Civil Veterinary Dept. Bombay admin report 1932-41 - 1932-1941
Year: 1932
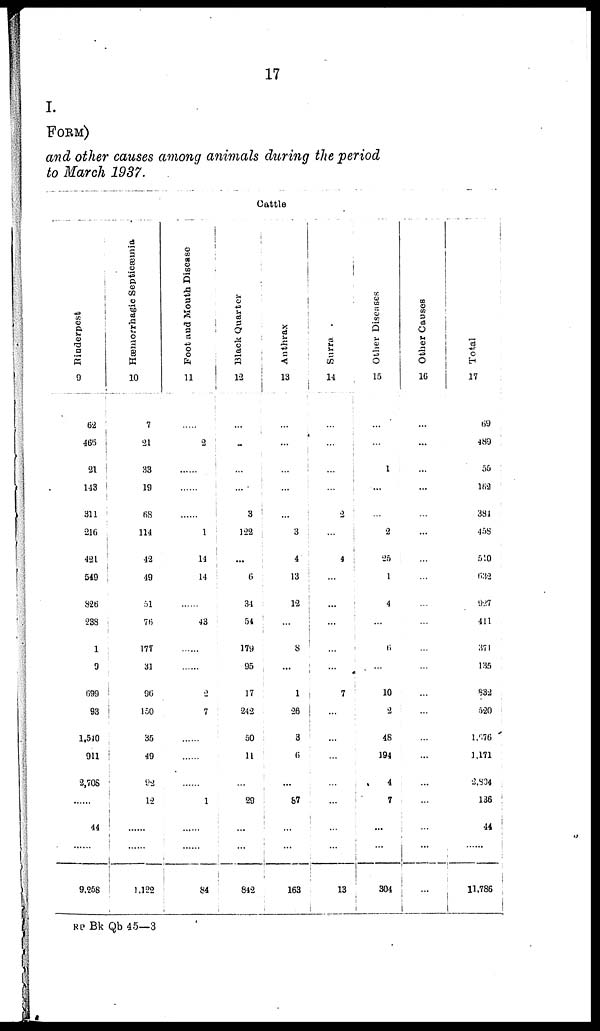
17
I.
FORM)
and other causes among animals during the period
to March 1937.
Cattle
Rinderpest
9
52
465
21
143
311
216
421
549
826
238
1
9
699
93
1,540
911
2,708
......
44
......
9,258
Hæmorrhagic Septicæmia
10
7
21
33
19
68
114
42
49
51
76
177
31
96
150
36
49
92
12
......
......
1,122
Foot and Mouth Disease
11
.....
2
......
......
......
1
14
14
......
43
......
......
2
7
......
......
......
......1
......
......
84
Black Quarter
12
...
...
...
...
3
122
...
6
31
54
179
95
17
242
50
11
...
29
......
......
842
Anthrax
13
...
...
...
...
...
3
4
13
12
...
8
...
1
26
3
6
...
67
......
......
163
Surra
14
...
...
...
...
...
...
4
...
...
...
...
...
7
...
...
...
...
...
......
......
13
Other Diseases
15
...
...
1
...
...
2
25
1
4
...
6
...
10
2
48
194
4
7
...
...
304
Other Causes
16
...
...
...
...
...
...
...
...
...
...
...
...
...
...
...
...
...
...
...
...
...
Total
17
69
489
56
162
384
458
540
632
927
411
371
135
832
520
1,676
1,171
2,804
136
44
......
11,786
RP Bk Qb 45—3